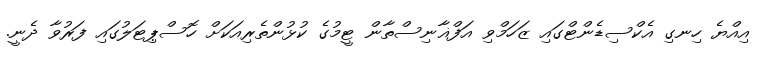
އިއްޔެ ހިނގި އެކްސިޑެންޓްގައި ޒަހަމްވި އަފްޣާނިސްތާން ޓީމުގެ ކުޅުންތެރިއަކަށް ހޮސްޕިޓަލުގައި ފަރުވާ ދެނީ.